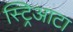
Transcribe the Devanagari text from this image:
स्ट्रिआटा